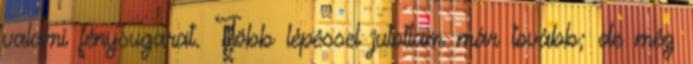
valami fénysugarat. Több lépéssel jutottam már tovább; de még